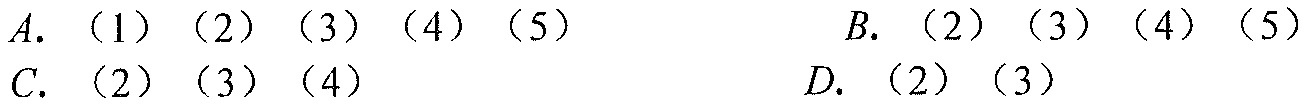
A. （1）（2）（3）（4）（5）
B. （2）（3）（4）（5）
C. （2）（3）（4）
D. （2）（3）